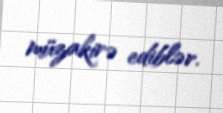
müzakirə ediblər.